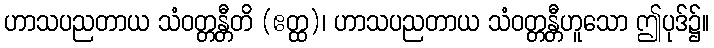
ဟာသပညတာယ သံဝတ္တန္တီတိ (ဧတ္ထ)၊ ဟာသပညတာယ သံဝတ္တန္တီဟူသော ဤပုဒ်၌။